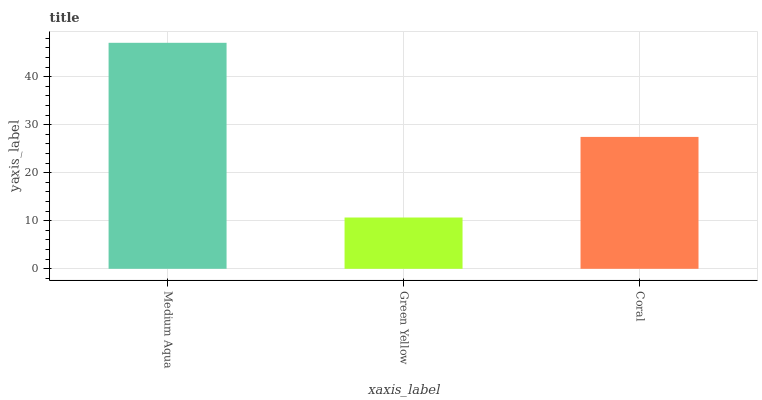
| xaxis_label | bars |
 | --- | --- |
 | Medium Aqua | 47 |
 | Green Yellow | 10.7 |
 | Coral | 27.5 |